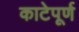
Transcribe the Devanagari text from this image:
काटेपूर्ण